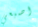
اصبعي